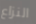
النزاع